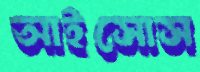
আইসোস